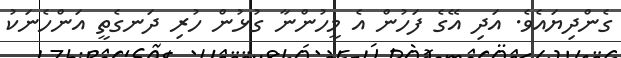
ގެންދިޔައެވެ. އަދި އޭގެ ފަހުން އެ މީހުންނާ ގުޅުން ހުރި ދަނގެތީ އަންހެނަކު